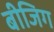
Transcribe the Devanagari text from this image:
बीजिग